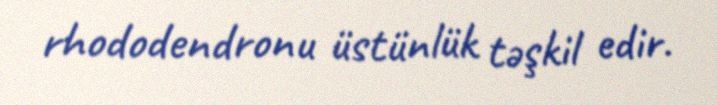
rhododendronu üstünlük təşkil edir.